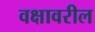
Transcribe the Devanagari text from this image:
वक्षावरील